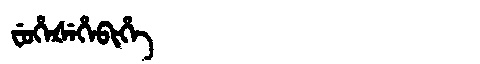
Manchu: ᠸᡠᡥᡝᡧᡝᡥᡝᠪᡳᡥᡝ
Romanization: FUHEŠEHEBIHE